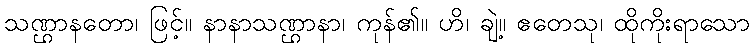
သဏ္ဌာနတော၊ ဖြင့်။ နာနာသဏ္ဌာနာ၊ ကုန်၏။ ဟိ၊ ချဲ့။ ဧတေသု၊ ထိုကိုးရာသော